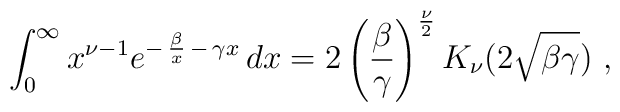
\int_0^{\infty} x^{\nu-1} e^{-\,{\beta\over x}\, -\, \gamma x} \, dx =2\left({\beta\over\gamma}\right)^{{\nu\over 2}}K_{\nu}(2\sqrt{\beta\gamma}) \ ,